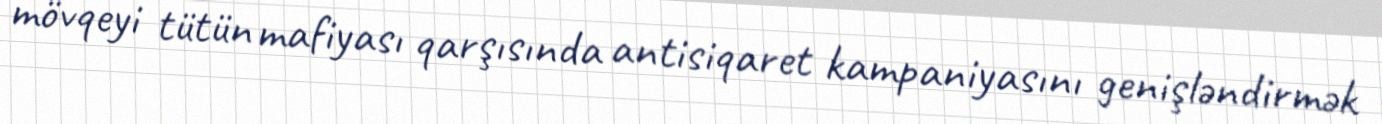
mövqeyi tütün mafiyası qarşısında antisiqaret kampaniyasını genişləndirmək